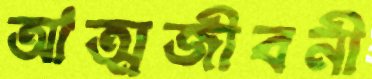
আত্মজীবনী